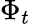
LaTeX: \Phi_{t}